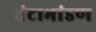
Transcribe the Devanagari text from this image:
तंटाभांडण